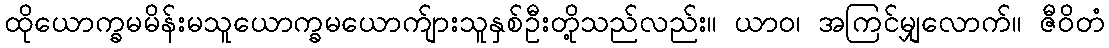
ထိုယောက္ခမမိန်းမသူယောက္ခမယောက်ျားသူနှစ်ဦးတို့သည်လည်း။ ယာဝ၊ အကြင်မျှလောက်။ ဇီဝိတံ